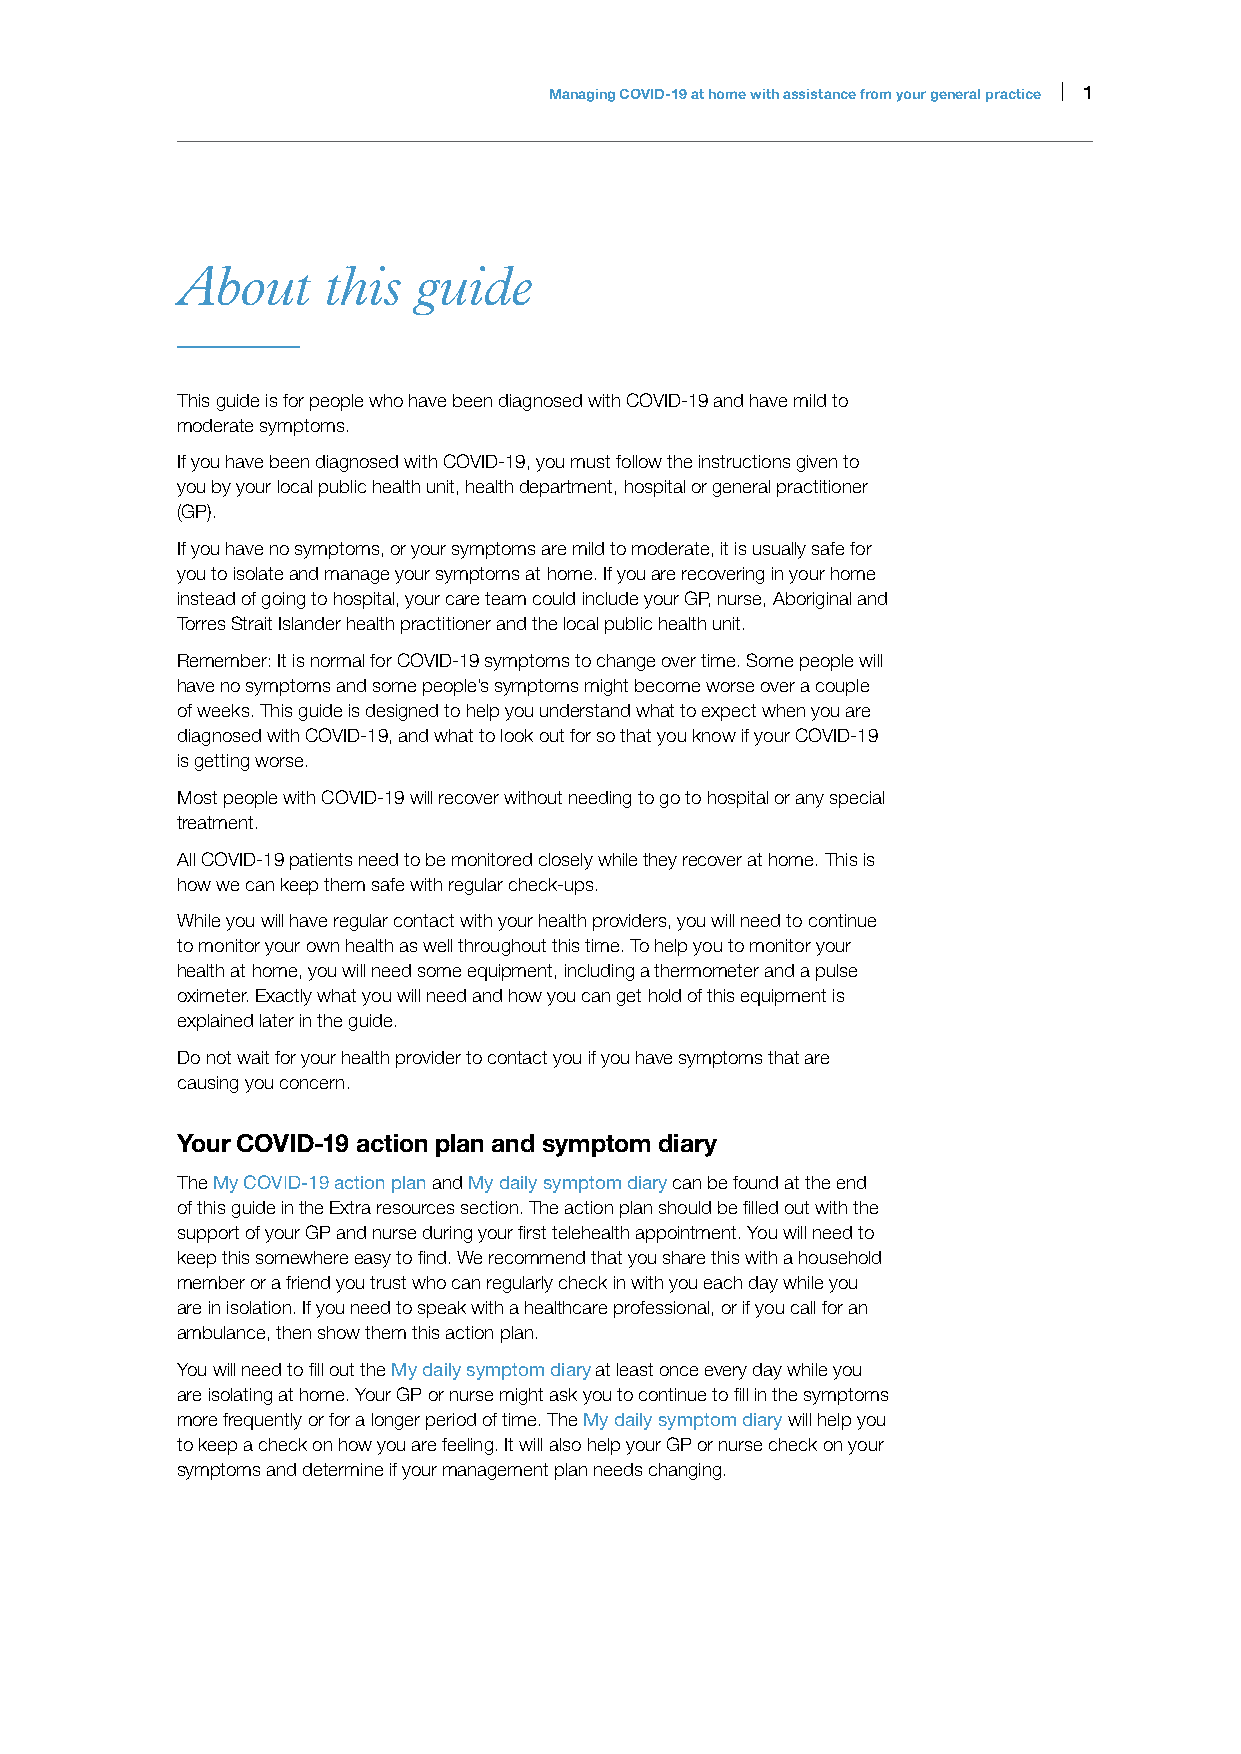
Managing COVID-19 at home with assistance from your general practice | 1
 About    this  guide
 This guide is for people who have been diagnosed with COVID-19 and have mild to
 moderate symptoms.
 If you have been diagnosed with COVID-19, you must follow the instructions given to
 you by your local public health unit, health department, hospital or general practitioner
 (GP).
 If you have no symptoms, or your symptoms are mild to moderate, it is usually safe for
 you to isolate and manage your symptoms at home. If you are recovering in your home
 instead of going to hospital, your care team could include your GP, nurse, Aboriginal and
 Torres Strait Islander health practitioner and the local public health unit.
 Remember: It is normal for COVID-19 symptoms to change over time. Some people will
 have no symptoms and some people’s symptoms might become worse over a couple
 of weeks. This guide is designed to help you understand what to expect when you are
 diagnosed with COVID-19, and what to look out for so that you know if your COVID-19
 is getting worse.
 Most people with COVID-19 will recover without needing to go to hospital or any special
 treatment.
 All COVID-19 patients need to be monitored closely while they recover at home. This is
 how we can keep them safe with regular check-ups.
 While you will have regular contact with your health providers, you will need to continue
 to monitor your own health as well throughout this time. To help you to monitor your
 health at home, you will need some equipment, including a thermometer and a pulse
 oximeter. Exactly what you will need and how you can get hold of this equipment is
 explained later in the guide.
 Do not wait for your health provider to contact you if you have symptoms that are
 causing you concern.
 Your COVID-19 action plan and symptom diary
 The My COVID-19 action plan and My daily symptom diary can be found at the end
 of this guide in the Extra resources section. The action plan should be filled out with the
 support of your GP and nurse during your first telehealth appointment. You will need to
 keep this somewhere easy to find. We recommend that you share this with a household
 member or a friend you trust who can regularly check in with you each day while you
 are in isolation. If you need to speak with a healthcare professional, or if you call for an
 ambulance, then show them this action plan.
 You will need to fill out the My daily symptom diary at least once every day while you
 are isolating at home. Your GP or nurse might ask you to continue to fill in the symptoms
 more frequently or for a longer period of time. The My daily symptom diary will help you
 to keep a check on how you are feeling. It will also help your GP or nurse check on your
 symptoms and determine if your management plan needs changing.